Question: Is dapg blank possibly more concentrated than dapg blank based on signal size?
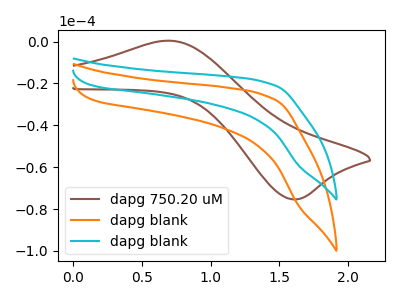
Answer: <think>The brown curve "dapg 750.20 uM" has an anodic peak at (0.70V, 0.40uA) and a cathodic peak at (1.60V, -75.35uA). The orange curve "dapg blank" has no peaks. The cyan curve "dapg blank" has no peaks.
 Neither "dapg blank" or "dapg blank" have any peaks.</think>
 <answer>I cant tell if "dapg blank" or "dapg blank" has more signal.</answer>
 <eval>mixed_signal</eval>